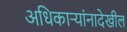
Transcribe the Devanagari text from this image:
अधिकाऱ्यांनादेखील